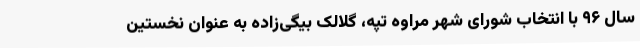
سال ۹۶ با انتخاب شورای شهر مراوه تپه، گلالک بیگی‌زاده به عنوان نخستین